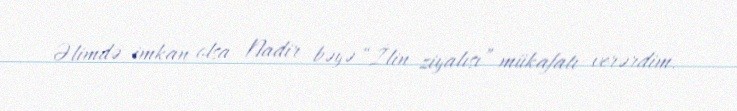
Əlimdə imkan olsa Nadir bəyə “İlin ziyalısı” mükafatı verərdim.